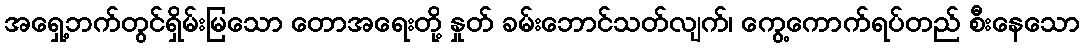
အရှေ့ဘက်တွင်ရှိမ်းမြသော တောအရေးတို့ နှုတ် ခမ်းဘောင်သတ်လျက်၊ ကွေ့ကောက်ရပ်တည် စီးနေသော